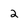
Character: 2